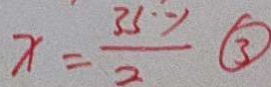
x = \frac { 3 5 ^ { \circ } - 1 } { 2 } \textcircled { 3 }